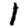
Digit: 1